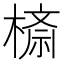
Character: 𣙮